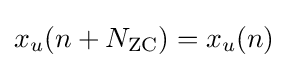
x_{u}(n+N_{\text{ZC}})=x_{u}(n)